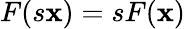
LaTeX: F(s\mathbf{x})=sF(\mathbf{x})